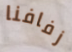
زفافنا